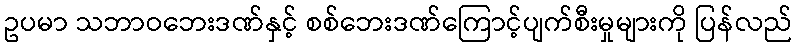
ဥပမာ သဘာဝဘေးဒဏ်နှင့် စစ်ဘေးဒဏ်ကြောင့်ပျက်စီးမှုများကို ပြန်လည်